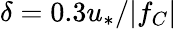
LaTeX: \delta=0.3u_{\ast}/|f_{C}|